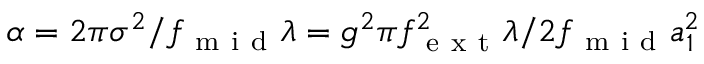
\alpha = 2 \pi \sigma ^ { 2 } / f _ { \mathrm { ~ m ~ i ~ d ~ } } \lambda = g ^ { 2 } \pi f _ { \mathrm { ~ e ~ x ~ t ~ } } ^ { 2 } \lambda / 2 f _ { \mathrm { ~ m ~ i ~ d ~ } } a _ { 1 } ^ { 2 }